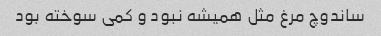
ساندوچ مرغ مثل همیشه نبود و کمی سوخته بود